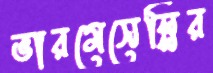
ভারমেসেল্লির